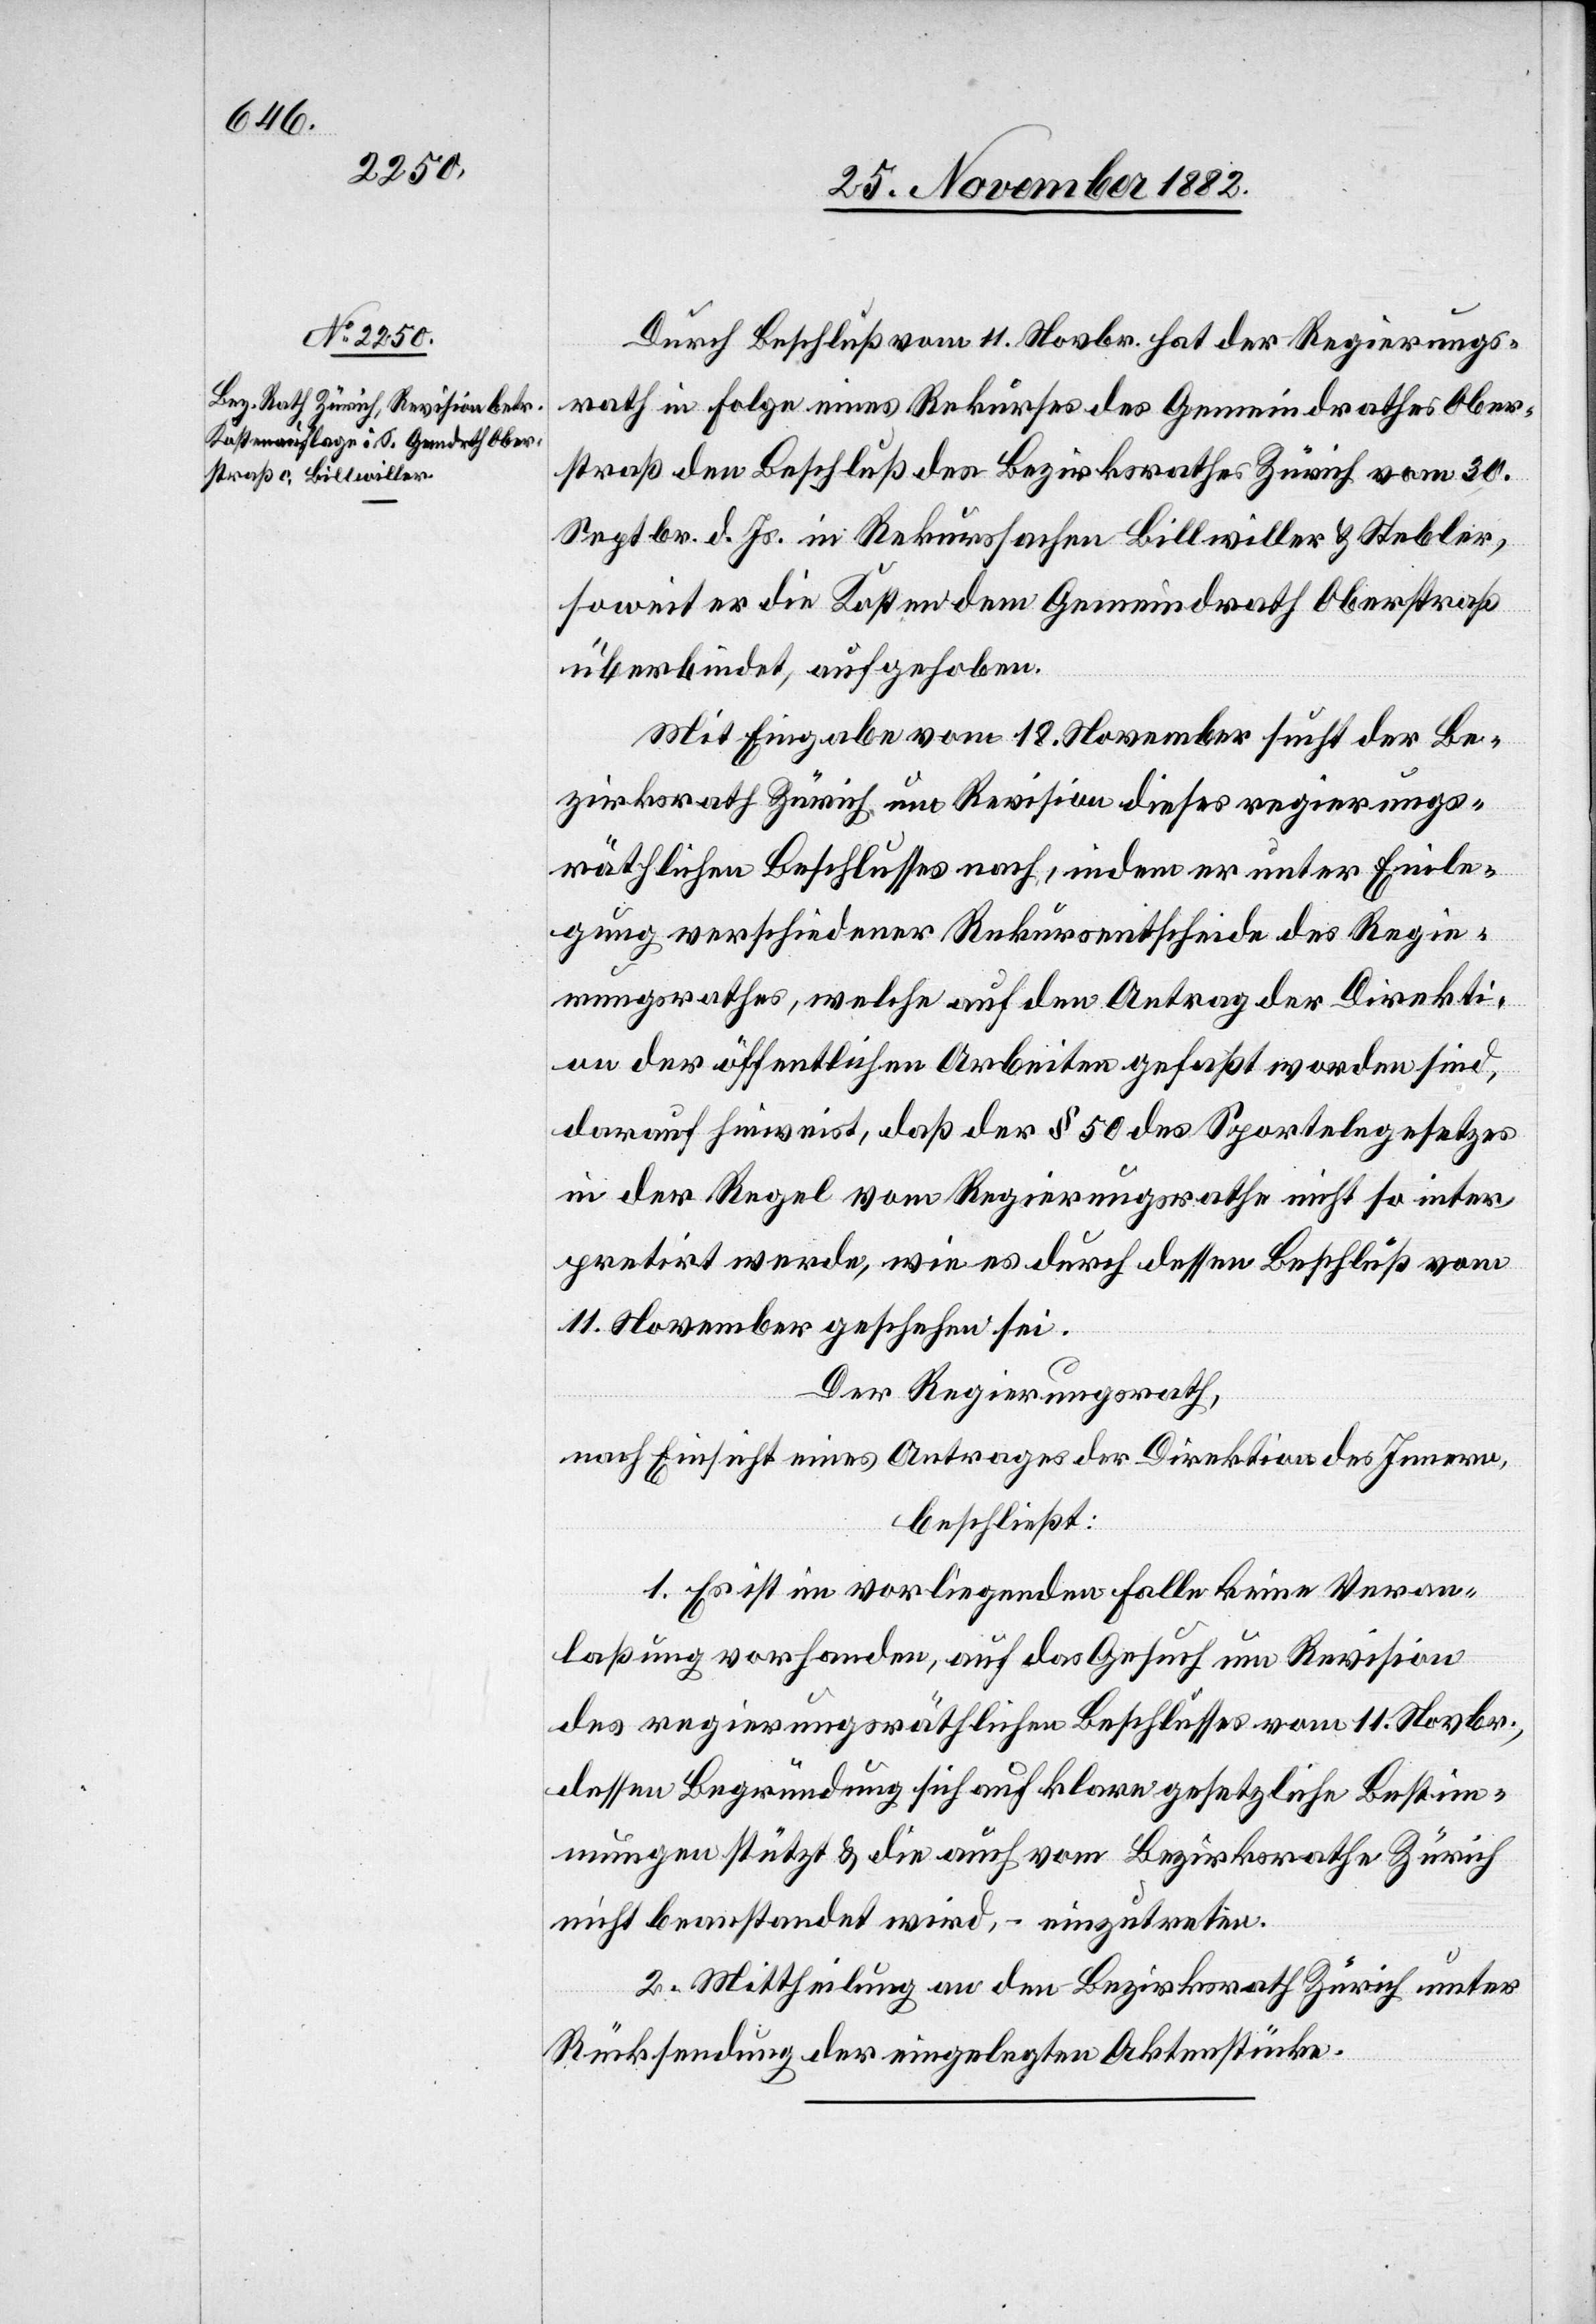
Durch Beschluß vom 11. Novr. hat der Regierungs¬
rath in Folge eines Rekurses des Gemeindrathes Ober¬
straß den Beschluß des Bezirksrathes Zürich vom 30.
Septbr. d. Js. in Rekurssachen Billwiller & Stebler,
soweit er die Kosten dem Gemeindrath Oberstraß
überbindet, aufgehoben.
Mit Eingabe vom 18. November sucht der Be¬
zirksrath Zürich um Revision dieses regierungs¬
räthlichen Beschlusses nach, indem er unter Einle¬
gung verschiedener Rekursentscheide des Regie¬
rungsrathes, welche auf den Antrag der Direkti¬
on der öffentlichen Arbeiten gefaßt worden sind,
darauf hinweist, daß der § 50 des Sportelngesetzes
in der Regel vom Regierungsrathe nicht so inter¬
pretirt werde, wie es durch dessen Beschluß vom
11. November geschehen sei.
Der Regierungsrath,
nach Einsicht eines Antrages der Direktion des Innern,
beschließt:
1. Es ist im vorliegenden Falle keine Veran¬
laßung vorhanden, auf das Gesuch um Revision
des regierungsräthlichen Beschlusses vom 11. Novbr.,
dessen Begründung sich auf klare gesetzliche Bestim¬
mungen stützt & die auch vom Bezirksrathe Zürich
nicht beanstandet wird, – einzutreten.
2. Mittheilung an den Bezirksrath Zürich unter
Rücksendung der eingelegten Aktenstücke.